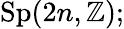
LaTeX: \operatorname{Sp}(2n,\mathbb{Z});